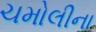
ચમોલીના